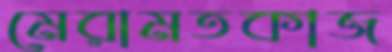
মেরামতকাজ